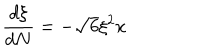
LaTeX: \frac { d \xi } { d N } = - \sqrt { 6 } \xi ^ { 2 } x